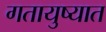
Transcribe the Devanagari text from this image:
गतायुष्यात